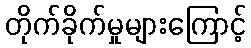
တိုက်ခိုက်မှုများကြောင့်